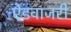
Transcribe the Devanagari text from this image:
ऐडवाजरी